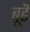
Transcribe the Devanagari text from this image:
बूढॆ